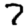
Digit: 7